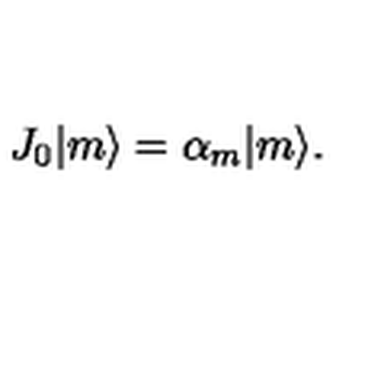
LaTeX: J _ { 0 } | m \rangle = \alpha _ { m } | m \rangle .